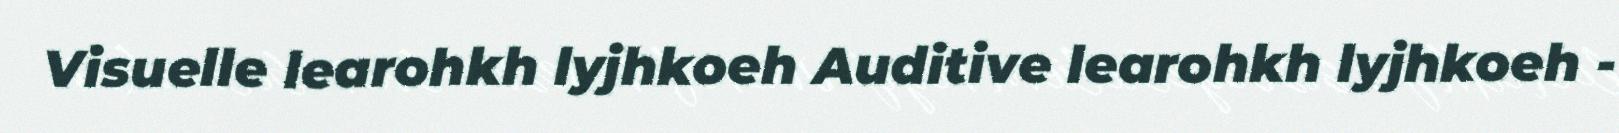
Visuelle learohkh lyjhkoeh Auditive learohkh lyjhkoeh -